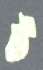
ট